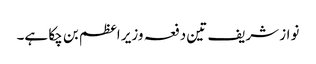
نواز شریف تین دفعہ وزیر اعظم بن چکا ہے۔